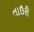
તાઉરી